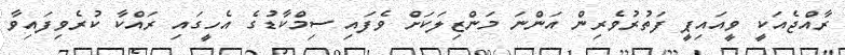
ރާއްޖެއަކީ ވީއައިޕީ ފަތުރުވެރިން އަންނަ މަންޒިލަކަށް ވެފައި ސިމްކާޑުގެ އެހީގައި ރައްކާ ކުރެވިފައިވާ